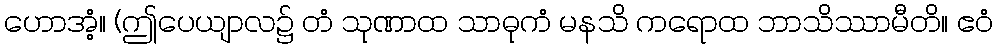
ဟောအံ့။ (ဤပေယျာလ၌ တံ သုဏာထ သာဓုကံ မနသိ ကရောထ ဘာသိဿာမီတိ။ ဧဝံ